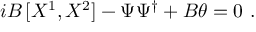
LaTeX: i B \, [ X ^ { 1 } , X ^ { 2 } ] - \Psi \Psi ^ { \dagger } + B \theta = 0 ~ .